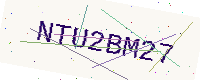
Text: NTU2BM27